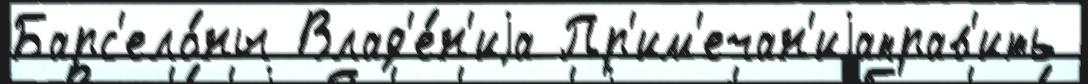
Барс'ело́ны Влад'е́н'иjа Пр'им'ечан'иjаправ'ить